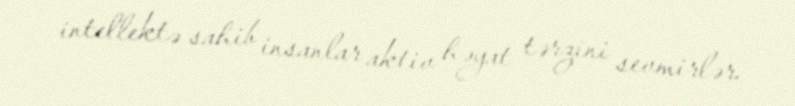
intellektə sahib insanlar aktiv həyat tərzini sevmirlər.